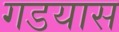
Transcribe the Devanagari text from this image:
गडयास